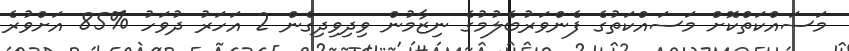
މަސައްކަތްކޮށް މަސައްކަތުގެ ފެންވަރުބެލުމުގެ ނިޒާމުން ވިދިވިދިގެން 2 އަހަރު ދުވަހު %85 އަށްވުރެ